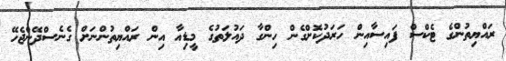
ރައްޔިތުންގެ ޓެކްސް ފައިސާއިން ހަރަދުކޮށްގެން ހިންގާ ދައުލަތުގެ މީޑިއާ އިން ރައްޔިތުންނަށް ގެނެސްދޭންޖެހޭ